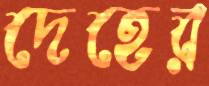
দেহের